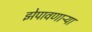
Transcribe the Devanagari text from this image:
झेपावणाऱ्या